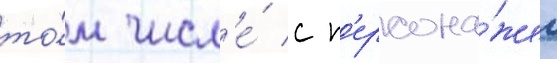
то́м числ'е́ с п'ерсона́жем